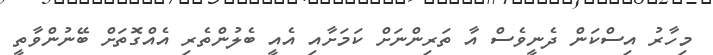
މިހާރު އިސްކަން ދެނީވެސް އާ ތަރިންނަށް ކަމަށާއި އެއީ ބެލުންތެރި އެއްގޮތަށް ބޭނުންވާތީ